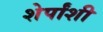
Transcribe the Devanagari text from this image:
शेर्पांशी